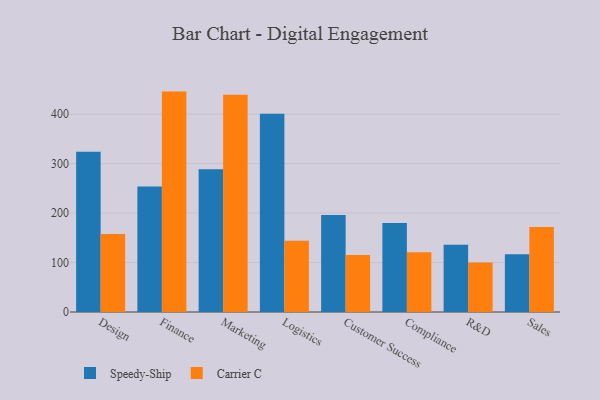
{"axis": {"x": "Department", "y": "Demand Index"}, "legend": ["Carrier C", "Speedy-Ship"], "data": [{"x": "Design", "y": 324.2, "type": "Speedy-Ship"}, {"x": "Design", "y": 157.5, "type": "Carrier C"}, {"x": "Finance", "y": 253.9, "type": "Speedy-Ship"}, {"x": "Finance", "y": 445.7, "type": "Carrier C"}, {"x": "Marketing", "y": 288.6, "type": "Speedy-Ship"}, {"x": "Marketing", "y": 439.5, "type": "Carrier C"}, {"x": "Logistics", "y": 400.8, "type": "Speedy-Ship"}, {"x": "Logistics", "y": 144.3, "type": "Carrier C"}, {"x": "Customer Success", "y": 196.4, "type": "Speedy-Ship"}, {"x": "Customer Success", "y": 115.3, "type": "Carrier C"}, {"x": "Compliance", "y": 180.0, "type": "Speedy-Ship"}, {"x": "Compliance", "y": 120.6, "type": "Carrier C"}, {"x": "R&D", "y": 136.1, "type": "Speedy-Ship"}, {"x": "R&D", "y": 99.9, "type": "Carrier C"}, {"x": "Sales", "y": 116.8, "type": "Speedy-Ship"}, {"x": "Sales", "y": 171.9, "type": "Carrier C"}]}